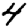
Digit: 4